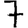
Digit: 7